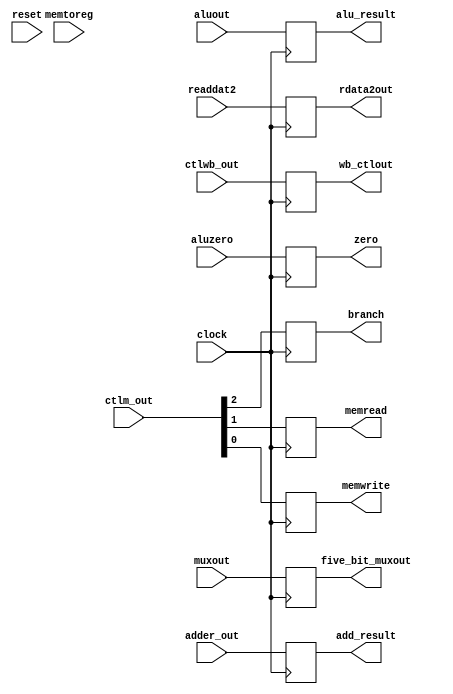
module ex_mem(
	clock,
	reset,
	ctlwb_out,
    ctlm_out,
    adder_out,
    aluzero,
    aluout, 
    readdat2,
    muxout,
    wb_ctlout,
    branch, 
    memread, 
    memwrite,
	memtoreg,
    add_result,
    zero,
    alu_result,
    rdata2out,
    five_bit_muxout
);

    input wire [1:0] ctlwb_out;
	input wire [2:0] ctlm_out;
	input wire [31:0] adder_out;
	input wire aluzero, clock, reset,memtoreg;
	input wire [31:0] aluout, readdat2;
	input wire [4:0] muxout;
	output reg [1:0] wb_ctlout;
	output reg branch, memread, memwrite;
	output reg [31:0] add_result;
	output reg zero;
	output reg [31:0] alu_result, rdata2out;
	output reg [4:0] five_bit_muxout;

	initial begin
		wb_ctlout <= 0; 
		branch <= 0; memread <= 0; memwrite <= 0;
		add_result <= 0;
		zero <= 0;
		alu_result <= 0; rdata2out <= 0;
		five_bit_muxout <= 0;
	end

	always@(posedge clock) begin
		wb_ctlout <= ctlwb_out;
		branch <= ctlm_out[2];    
		memread <= ctlm_out[1];       
		memwrite <= ctlm_out[0];     
                   	                          
        add_result <= adder_out;   
		zero <= aluzero;
		alu_result <= aluout;
		rdata2out <= readdat2;
		five_bit_muxout <= muxout;
	end

endmodule